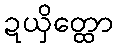
ဍယှိတ္ထော